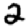
Digit: 2